Lunatic asylums Punjab 1895-1910 - 1895-1910
Year: 1895
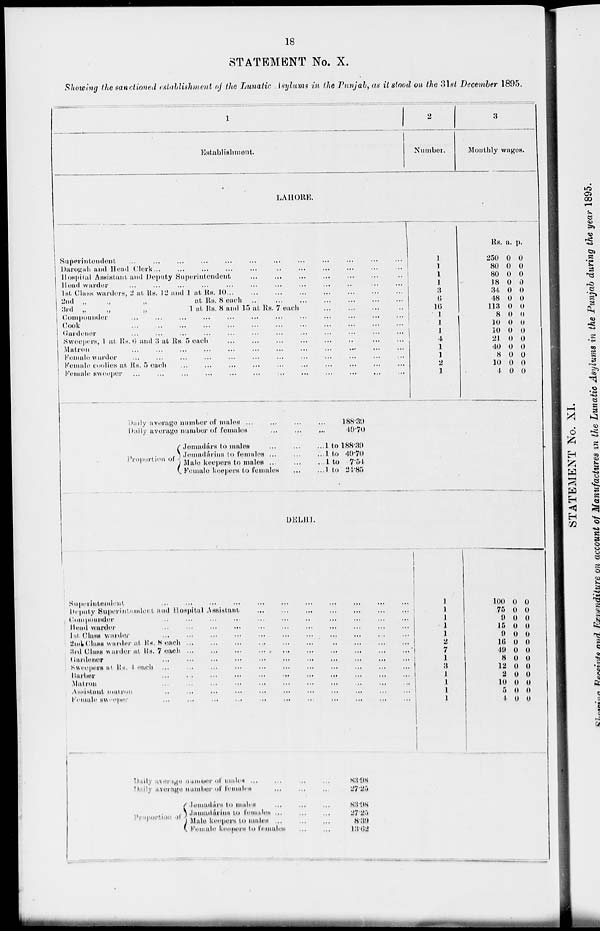
18
STATEMENT No. X.
Showing the sanctioned establishment of the Lunatic. Asylums in the Punjab, as it stood on the 31st December 1895.
1
Establishment.
2
Number.
3
Monthly wages.
LAHORE.
Superintendent
...
...
...
...
...
Darogah and Head Clerk
...
...
...
...
...
...
Hospital Assistant and Deputy Superintendent
...
...
...
...
...
Head warder
...
...
...
...
...
...
...
...
...
1st Class warders, 2 at. Rs. 12 and 1 at Rs. 10 ... ... ... ... ...
2nd „
„
„
at
Rs.
8 each ... ... ... ...
3rd „
„
„
1 at Rs. 8 and 15 at Rs. 7 each ... ... ... ...
Compounder ... ... ... ... ... ... ... ...
Cook... ... ... ... ... ... ... ...
Cardenor ... ... ... ... ... ... ... ...
Sweepers, 1 at Rs. 6 and 3 at Rs. 5 each ... ... ... ...
Matron ... ... ... ... ... ... ... ...
Female warder... ... ... ... ... ... ... ...
Female coolies at Rs. 5 each ... ... ... ... ... ... ... ...
Female sweeper ... ... ... ... ... ... ... ...
1
1
1
1
3
6
16
1
1
1
4
1
1
2
1
Rs.
250
80
80
18
34
48
113
8
10
10
21
40
8
10
4
a.
0
0
0
0
0
0
0
0
0
0
0
0
0
0
0
p.
0
0
0
0
0
0
0
0
0
0
0
0
0
0
0
Daily average
number of
males...
...
...
...
188.30
Daily average number of
females...
...
...
...
49.70
Proportion of
Jemadárs to males ... ...
...1
to 188.30
Jemadárs to females ... ... ... 1 to 49.70
Male keepers to males... ... ... 1 to 7.54
Female keepers to females
1 to 24.85
DELHI.
Superintendent...
...
...
...
...
...
...
...
...
...
Deputy Superintendent and Hospital Assistant... ... ... ... ... ...
Compounder ... ... ... ... ... ... ... ... ... ...
Head warder ... ... ... ... ... ... ... ... ... ...
1st Class
warder...
...
...
...
...
...
2nd Class warder at Rs. 8
each...
...
...
...
...
...
3rd Class warder at Rs. 7 each
... ... ... ... ...
Gardener...
...
...
...
...
...
...
...
Sweepers at
Rs.
4
each...
...
...
...
...
...
...
Barbor ... ... ... ... ... ... ... ... ... ...
Matron ... ... ... ... ... ... ... ... ... ...
Assistant matron
...
...
...
...
...
...
Female sweeper ... ... ... ... ... ... ...
1
1
1
1
1
2
7
1
3
1
l
l
1
100
75
9
15
9
16
49
8
12
2
10
5
4
0
0
0
0
0
0
0
0
0
0
0
0
0
0
0
0
0
0
0
0
0
0
0
0
0
0
Daily average number of males ...
...
...
Daily average number of
females...
...
...
Proportion of
Jemadárs to males ... ... ...
Jamadárins
to
females...
...
...
Male keepers to
males...
...
...
Female keepers to female... ... ...
83.98
27.25
83.98
27.25
8.39
13.62